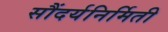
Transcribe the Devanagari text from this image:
सौंदर्यनिर्मिती